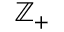
\mathbb { Z } _ { + }